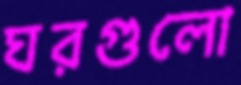
ঘরগুলো